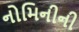
નોમિનીની